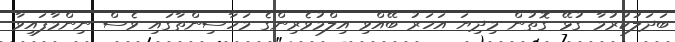
ބަދަލުކުރުމާ ގުޅޭ ގޮތުން މިދިޔަ އަހަރު ބޭއްވި އިލްމުވެރިންގެ މަހާސިންތާގައި ވެސް ނިންމާފައިވާ